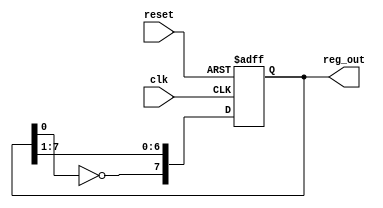
module johnson_ring_counter (reset, clk, reg_out);
     parameter N = 8;

     input reset, clk;
     output reg [N-1:0] reg_out;

     // Feeding back the complement of the least-significant bit
     always @(posedge clk or posedge reset) begin
          if (reset) reg_out <= 0;
          else reg_out <= {~reg_out[0], reg_out[N-1:1]};
     end

endmodule